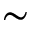
\sim